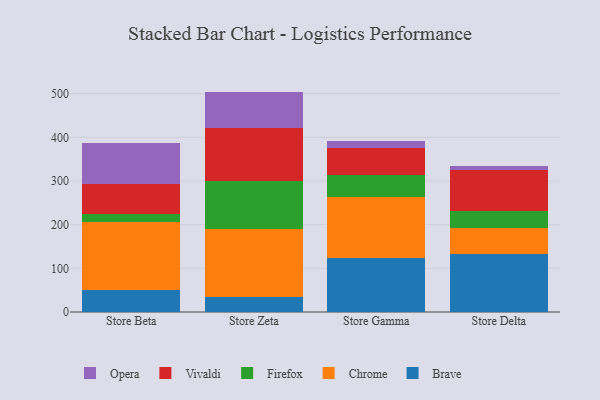
{"axis": {"x": "Store", "y": "Latency (ms)"}, "legend": ["Brave", "Chrome", "Firefox", "Opera", "Vivaldi"], "data": [{"x": "Store Beta", "y": 49.5, "type": "Brave"}, {"x": "Store Beta", "y": 157.4, "type": "Chrome"}, {"x": "Store Beta", "y": 17.5, "type": "Firefox"}, {"x": "Store Beta", "y": 68.8, "type": "Vivaldi"}, {"x": "Store Beta", "y": 92.7, "type": "Opera"}, {"x": "Store Zeta", "y": 35.5, "type": "Brave"}, {"x": "Store Zeta", "y": 154.5, "type": "Chrome"}, {"x": "Store Zeta", "y": 109.0, "type": "Firefox"}, {"x": "Store Zeta", "y": 122.6, "type": "Vivaldi"}, {"x": "Store Zeta", "y": 83.1, "type": "Opera"}, {"x": "Store Gamma", "y": 123.6, "type": "Brave"}, {"x": "Store Gamma", "y": 139.9, "type": "Chrome"}, {"x": "Store Gamma", "y": 51.1, "type": "Firefox"}, {"x": "Store Gamma", "y": 60.5, "type": "Vivaldi"}, {"x": "Store Gamma", "y": 17.4, "type": "Opera"}, {"x": "Store Delta", "y": 132.0, "type": "Brave"}, {"x": "Store Delta", "y": 61.3, "type": "Chrome"}, {"x": "Store Delta", "y": 39.0, "type": "Firefox"}, {"x": "Store Delta", "y": 92.1, "type": "Vivaldi"}, {"x": "Store Delta", "y": 9.2, "type": "Opera"}]}